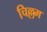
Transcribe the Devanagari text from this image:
चिल्लम